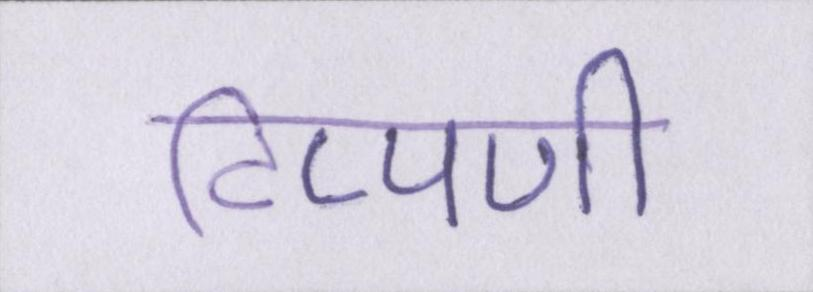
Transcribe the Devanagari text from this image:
टिप्पणी